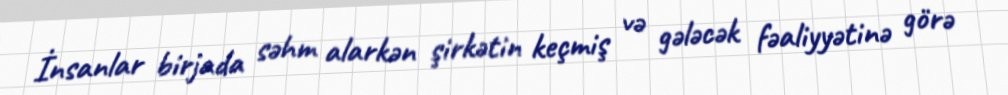
İnsanlar birjada səhm alarkən şirkətin keçmiş və gələcək fəaliyyətinə görə